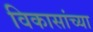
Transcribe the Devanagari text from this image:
विकासांच्या